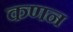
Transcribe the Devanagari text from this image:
कणन